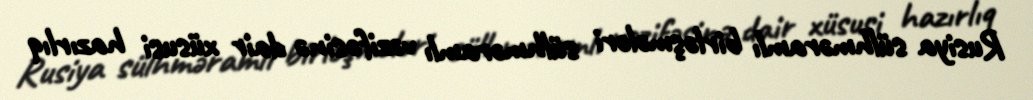
Rusiya sülhməramlı birləşmələri sülhməramlı vəzifəsinə dair xüsusi hazırlıq